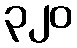
၃၂၀